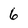
Character: 6